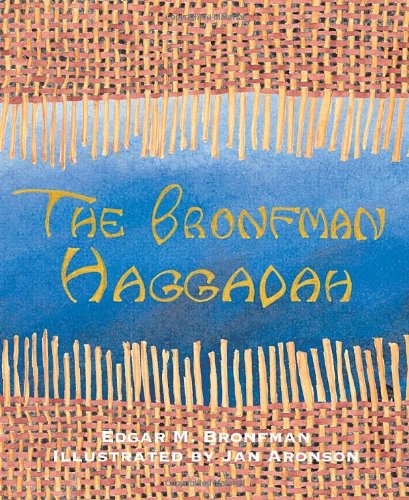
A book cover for The Bronfman Haggadah; Edgar M. Bronfman; Religion & Spirituality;